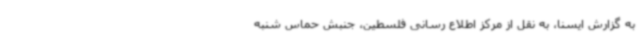
به گزارش ایسنا، به نقل از مرکز اطلاع رسانی فلسطین، جنبش حماس شنبه